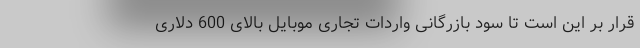
قرار بر این است تا سود بازرگانی واردات تجاری موبایل بالای 600 دلاری